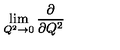
\lim _ { Q ^ { 2 } \to { 0 } } \frac { \partial } { \partial { Q ^ { 2 } } }